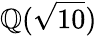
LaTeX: \mathbb{Q}({\sqrt{10}})